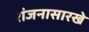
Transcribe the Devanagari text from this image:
रांजनासारखे